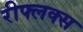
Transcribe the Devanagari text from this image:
रीफ्लक्स